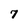
Character: 7